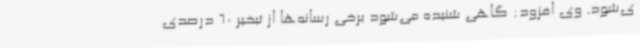
ی‌شود. وی افزود: گاهی شنیده می‌شود برخی رسانه‌ها از تبخیر 60 درصدی